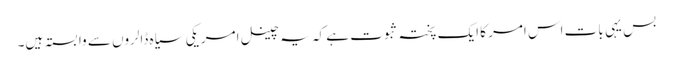
بس یہی بات اس امر کا ایک پختہ ثبوت ہے کہ یہ چینل امریکی سیاہ ڈالروں سے وابستہ ہیں۔